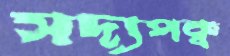
সদ্যপক্ব